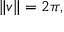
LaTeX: \| v \| = 2 \pi ,